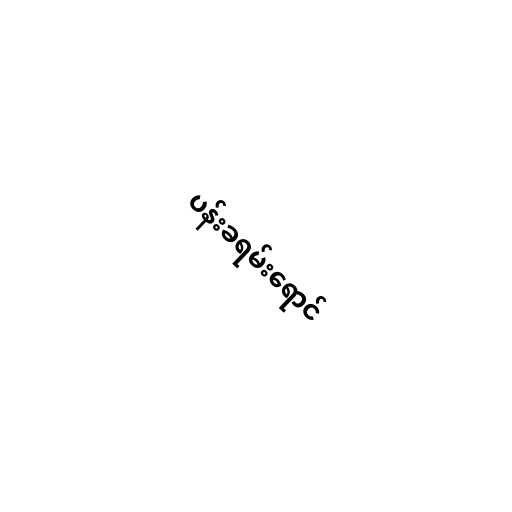
ပန်းခရမ်းရောင်